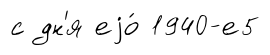
с дн'я еjо́ 1940-е5